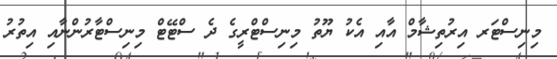
މިނިސްޓަރ އިރުތިޝާމް އާއި އެކު ޔޫތު މިނިސްޓްރީގެ ދެ ސްޓޭޓް މިނިސްޓާރުންނާއި އިތުރު